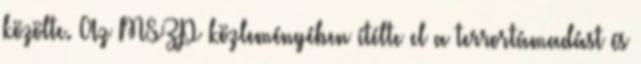
közölte. Az MSZP közleményében ítélte el a terrortámadást és